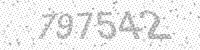
Solution: 797542